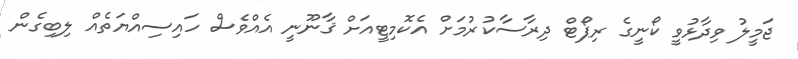
ޖަމީލު ވިދާޅުވީ ކޯނީގެ ރިޕޯޓް ދިރާސާކުރުމަށް އެކޮމިޓީއަށް ޤާނޫނީ އެއްވެސް ހައިސިއްޔަތެއް ލިބިގެން